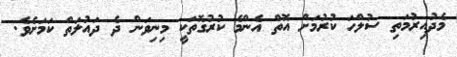
މެދުއިރުމަތި ސުލްހަ ކުރުމަށް އޮތް އެންމެ ކުރުގޮތަކީ މިނިވަން ދެ ދައުލަތް ކަމަށެވެ.